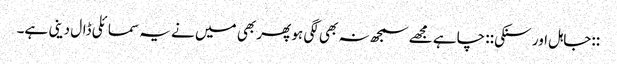
::جاہل اور سنکی:: چاہے مجھے سمجھ نہ بھی لگی ہو پھر بھی میں نے یہ سمائلی ڈال دینی ہے۔